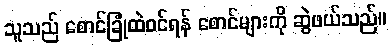
သူသည် စောင်ခြုံထဲဝင်ရန် စောင်များကို ဆွဲဖယ်သည်။